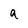
Character: a